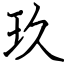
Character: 玖